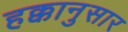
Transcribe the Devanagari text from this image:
हक्कानुसार